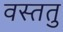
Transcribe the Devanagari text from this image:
वस्ततु